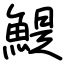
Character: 鯷